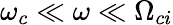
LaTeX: \omega_{c}\ll\omega\ll\Omega_{ci}